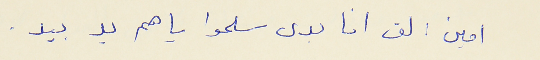
امين : لق انا بدى سلموا ياهم يد بيد .